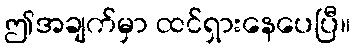
ဤအချက်မှာ ထင်ရှားနေပေပြီ။